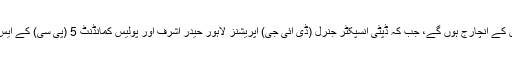
اسی طرح ڈی پی او وہاڑی عمر سعید قومی رضاکار اور ایلیٹ فورس کے انچارج ہوں گے، جب کہ ڈپٹی انسپکٹر جنرل (ڈی آئی جی) آپریشنز لاہور حیدر اشرف اور پولیس کمانڈنٹ 5 (پی سی) کے ایس پی ہارون اینٹی رائیوٹ (Anti Riot) فورس کی نگرانی کریں گے۔